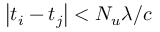
\left| t _ { i } - t _ { j } \right| < N _ { u } \lambda / c